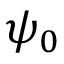
\psi _ { 0 }